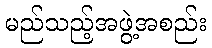
မည်သည့်အဖွဲ့အစည်း